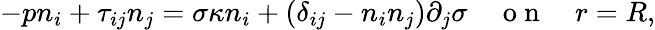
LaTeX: -{p}n_{i}+\tau_{ij}n_{j}=\sigma\kappa n_{i}+(\delta_{ij}-n_{i}n_{j})\partial_{j}\sigma\quad\mathrm{~o~n~}\quad r=R,